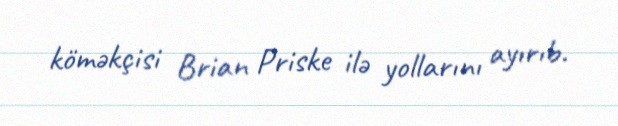
köməkçisi Brian Priske ilə yollarını ayırıb.